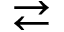
\rightleftarrows